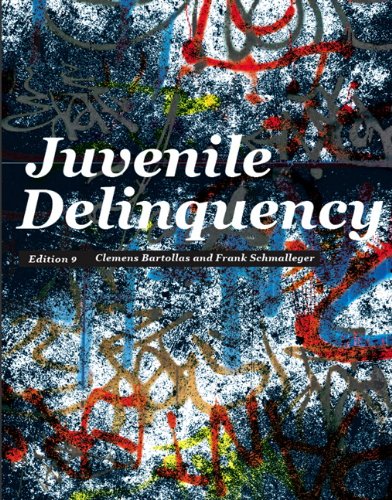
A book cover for Juvenile Delinquency (9th Edition); Clemens Bartollas; Law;